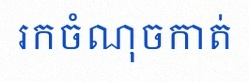
រកចំណុចកាត់